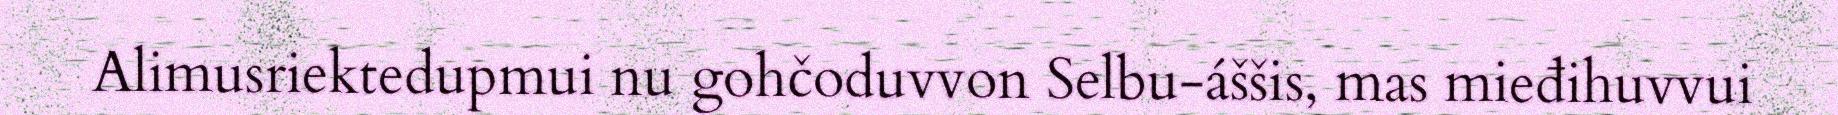
Alimusriektedupmui nu gohčoduvvon Selbu-áššis, mas mieđihuvvui